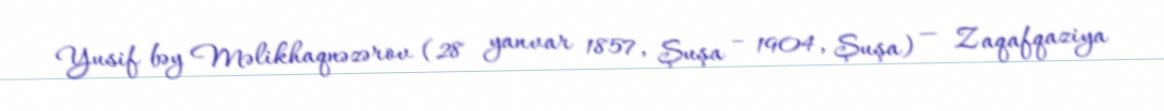
Yusif bəy Məlikhaqnəzərov (28 yanvar 1857, Şuşa – 1904, Şuşa) — Zaqafqaziya